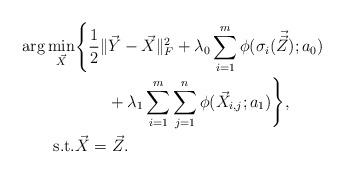
LaTeX: \begin{align*}\arg\min_{\vec{X}} &\Biggl\lbrace \dfrac{1}{2} \|\vec{Y}-\vec{X}\|_F^2 + \lambda_0\sum_{i=1}^{m}\phi(\sigma_i(\vec{\vec{Z}});a_0) \\&\qquad+ \lambda_1\sum_{i=1}^{m}\sum_{j=1}^{n} \phi(\vec{X}_{i,j};a_1) \Biggr\rbrace, \\\mbox{s.t.} &\vec{X} = \vec{Z}.\end{align*}